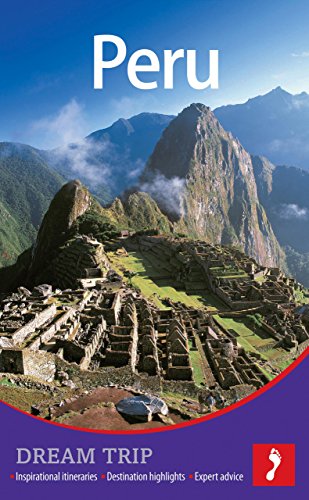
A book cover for Peru Footprint Dream Trip; Ben Box; Travel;